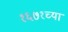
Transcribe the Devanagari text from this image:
१६७१च्या